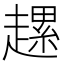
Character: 𧽲